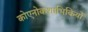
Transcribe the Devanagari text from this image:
कोएनोकशाभिकियों